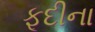
ફૂદીના